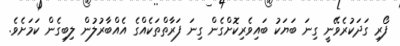
ފޯރި ގަދަކުރެވޭނީ ގިނަ ބަޔަކު ބައިވެރިކޮށްގެން ގިނަ ފަރާތްތަކެއްގެ އެއްބާރުލުން ލިބިގެން ކަމަށެވެ.